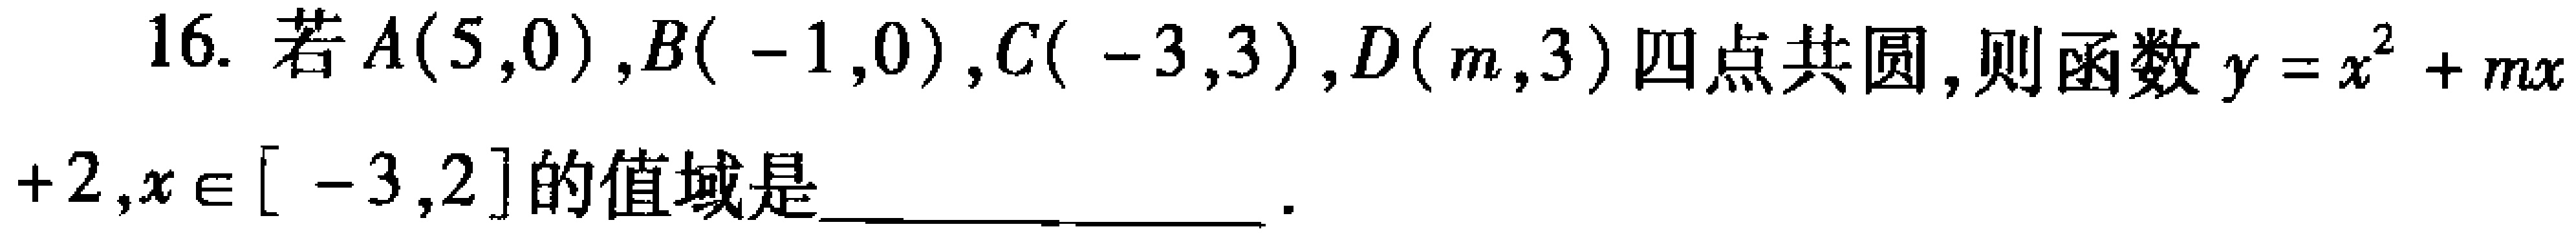
16. 若\(A(5,0)\)，\(B(-1,0)\)，\(C(-3,3)\)，\(D(m,3)\)四点共圆，则函数\(y = x^{2}+mx + 2\)，\(x\in[-3,2]\)的值域是____________________ ．